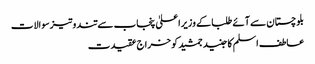
بلوچستان سے آئے طلبا کے وزیراعلیٰ پنجاب سے تند وتیزسوالات
عاطف اسلم کا جنید جمشید کو خراج عقیدت